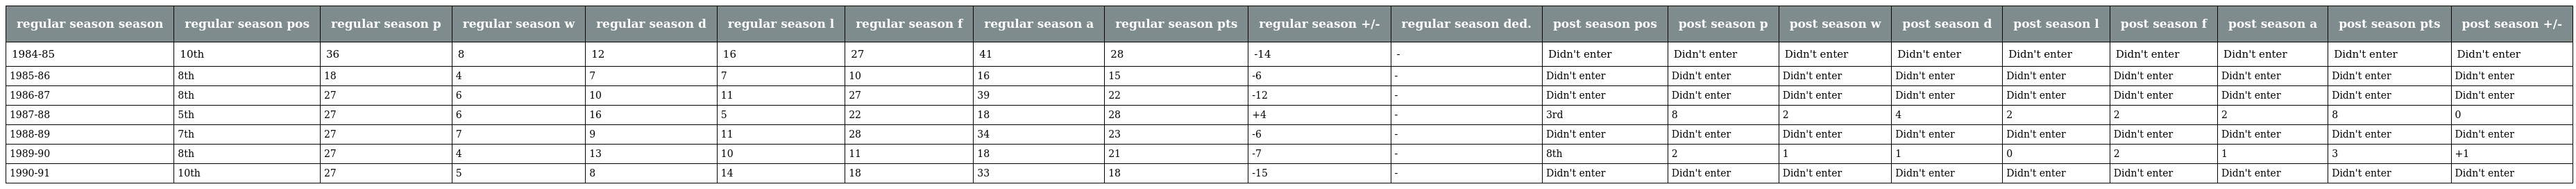
| regular season season | regular season pos | regular season p | regular season w | regular season d | regular season l | regular season f | regular season a | regular season pts | regular season +/- | regular season ded. | post season pos | post season p | post season w | post season d | post season l | post season f | post season a | post season pts | post season +/- |
 | --- | --- | --- | --- | --- | --- | --- | --- | --- | --- | --- | --- | --- | --- | --- | --- | --- | --- | --- | --- |
 | 1984-85 | 10th | 36 | 8 | 12 | 16 | 27 | 41 | 28 | -14 | - | Didn't enter | Didn't enter | Didn't enter | Didn't enter | Didn't enter | Didn't enter | Didn't enter | Didn't enter | Didn't enter |
 | 1985-86 | 8th | 18 | 4 | 7 | 7 | 10 | 16 | 15 | -6 | - | Didn't enter | Didn't enter | Didn't enter | Didn't enter | Didn't enter | Didn't enter | Didn't enter | Didn't enter | Didn't enter |
 | 1986-87 | 8th | 27 | 6 | 10 | 11 | 27 | 39 | 22 | -12 | - | Didn't enter | Didn't enter | Didn't enter | Didn't enter | Didn't enter | Didn't enter | Didn't enter | Didn't enter | Didn't enter |
 | 1987-88 | 5th | 27 | 6 | 16 | 5 | 22 | 18 | 28 | +4 | - | 3rd | 8 | 2 | 4 | 2 | 2 | 2 | 8 | 0 |
 | 1988-89 | 7th | 27 | 7 | 9 | 11 | 28 | 34 | 23 | -6 | - | Didn't enter | Didn't enter | Didn't enter | Didn't enter | Didn't enter | Didn't enter | Didn't enter | Didn't enter | Didn't enter |
 | 1989-90 | 8th | 27 | 4 | 13 | 10 | 11 | 18 | 21 | -7 | - | 8th | 2 | 1 | 1 | 0 | 2 | 1 | 3 | +1 |
 | 1990-91 | 10th | 27 | 5 | 8 | 14 | 18 | 33 | 18 | -15 | - | Didn't enter | Didn't enter | Didn't enter | Didn't enter | Didn't enter | Didn't enter | Didn't enter | Didn't enter | Didn't enter |